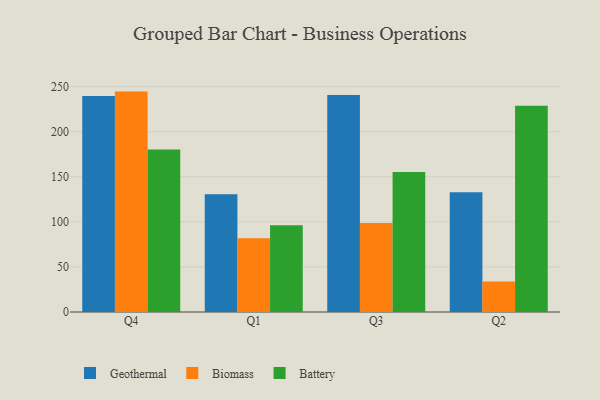
{"axis": {"x": "Quarter", "y": "Operating Costs (USD K)"}, "legend": ["Battery", "Biomass", "Geothermal"], "data": [{"x": "Q4", "y": 239.4, "type": "Geothermal"}, {"x": "Q4", "y": 244.4, "type": "Biomass"}, {"x": "Q4", "y": 180.2, "type": "Battery"}, {"x": "Q1", "y": 130.5, "type": "Geothermal"}, {"x": "Q1", "y": 81.9, "type": "Biomass"}, {"x": "Q1", "y": 96.2, "type": "Battery"}, {"x": "Q3", "y": 240.6, "type": "Geothermal"}, {"x": "Q3", "y": 98.6, "type": "Biomass"}, {"x": "Q3", "y": 155.2, "type": "Battery"}, {"x": "Q2", "y": 132.8, "type": "Geothermal"}, {"x": "Q2", "y": 33.7, "type": "Biomass"}, {"x": "Q2", "y": 228.7, "type": "Battery"}]}